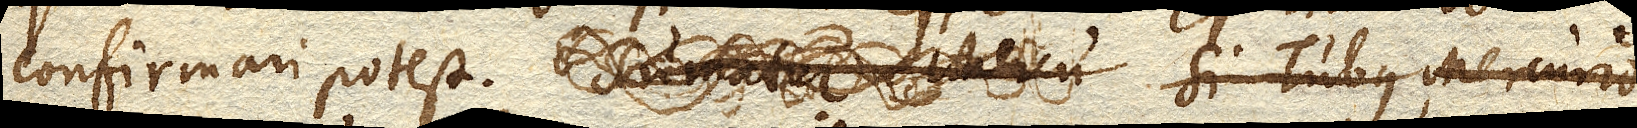
confirmari potest. Sumatur Mercu Si Tubus